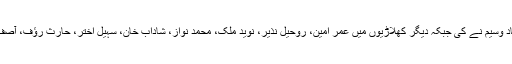
واضح رہے کہ ساﺅدرن پنجاب کی قیادت عماد وسیم نے کی جبکہ دیگر کھلاڑیوں میں عمر امین، روحیل نذیر، نوید ملک، محمد نواز، شاداب خان، سہیل اختر، حارث رﺅف، آصف علی، سہیل تنویر اور محمد عامر شامل ہیں۔